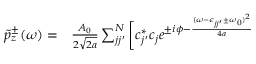
\begin{array} { r l } { \tilde { p } _ { z } ^ { \pm } ( \omega ) = } & { { } \frac { A _ { 0 } } { 2 \sqrt { 2 a } } \sum _ { j j ^ { \prime } } ^ { N } \bigg [ c _ { j ^ { \prime } } ^ { * } c _ { j } e ^ { \pm i \phi - \frac { ( \omega - \epsilon _ { j j ^ { \prime } } \pm \omega _ { 0 } ) ^ { 2 } } { 4 a } } } \end{array}